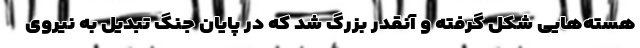
هسته‌هایی شکل گرفته و آنقدر بزرگ شد که در پایان جنگ تبدیل به نیروی